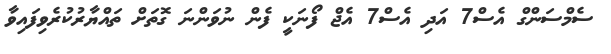
ސެމްސަންގް އެސް7 އަދި އެސް7 އެޖް ފޯނަކީ ފެން ނުވަންނަ ގޮތަށް ތައްޔާރުކުރެވިފައިވާ